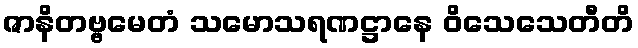
ဇာနိတဗ္ဗမေတံ သမောသရဏဋ္ဌာနေ ဝိသေသေတီတိ